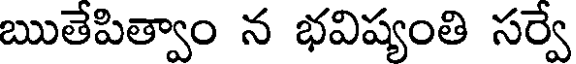
ఋతేపిత్వాం న భవిష్యంతి సర్వే